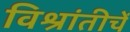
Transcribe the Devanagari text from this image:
विश्रांतीचें